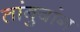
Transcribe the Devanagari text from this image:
तांबुवांग